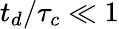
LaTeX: t_{d}/\tau_{c}\ll 1